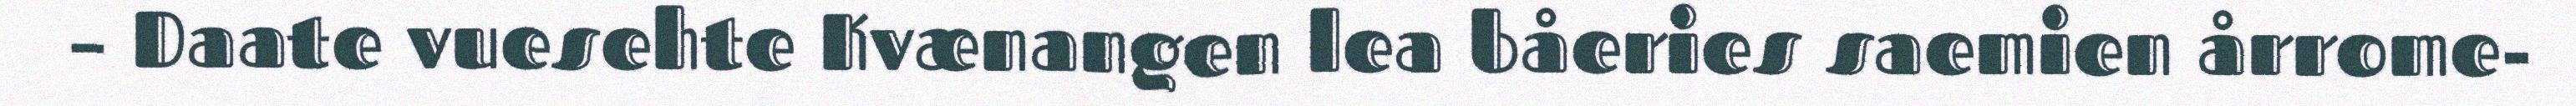
– Daate vuesehte Kvænangen lea båeries saemien årrome-